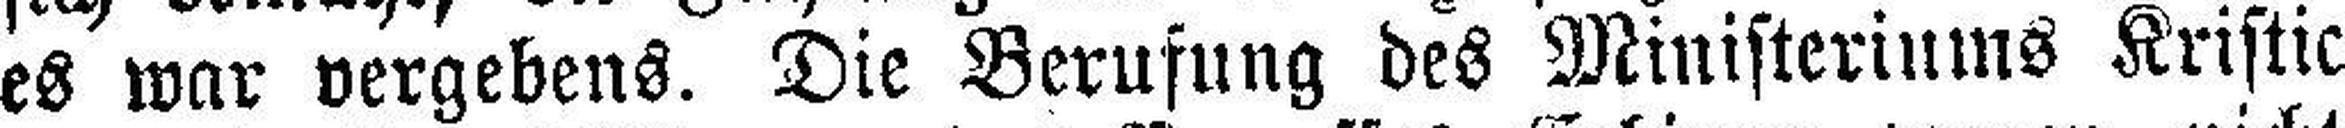
es war vergebens. Die Berufung des Ministeriums Kristic